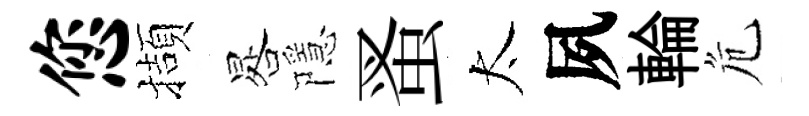
您擷晷隱蚤太夙輪危